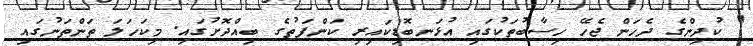
" ކުދިންގެ ދެހަން ޖެހޭ ހިސާބުތަކުގައި އުޅަނބޮޑިކައިރި ކަންފަތުގެ ބިއްދޮށުގައި. މިކަހަލަ ތަންތަނުގައި